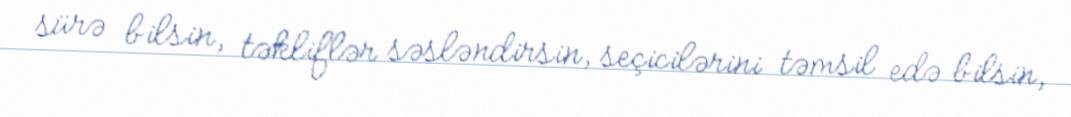
sürə bilsin, təkliflər səsləndirsin, seçicilərini təmsil edə bilsin,